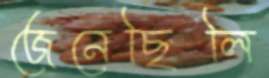
জেনেছিলি